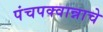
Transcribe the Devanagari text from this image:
पंचपक्वान्नाचे